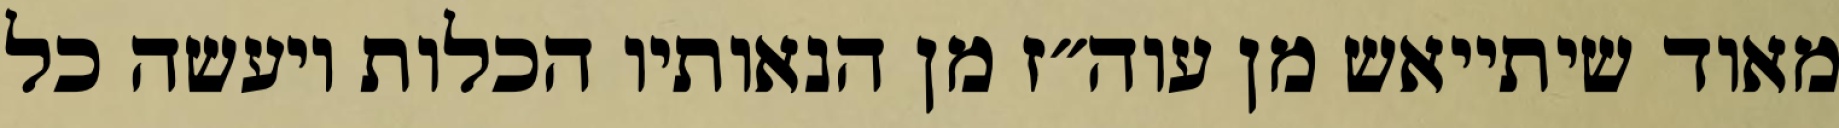
מאוד שיתייאש מן עוה״ז מן הנאותיו הכלות ויעשה כל